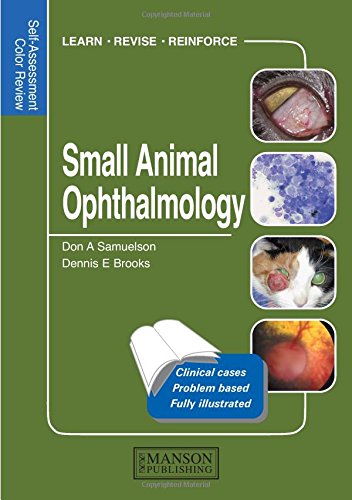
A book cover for Small Animal Ophthalmology: Self-Assessment Color Review (Veterinary Self-Assessment Color Review Series); Don Arthur Samuelson; Medical Books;